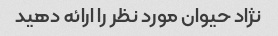
نژاد حیوان مورد نظر را ارائه دهید